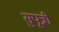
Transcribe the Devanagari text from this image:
सुपूत्री